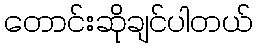
တောင်းဆိုချင်ပါတယ်